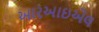
આરઆઇએલ